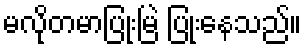
မလိုတမာပြုံးမြဲ ပြုံးနေသည်။